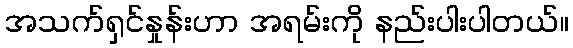
အသက်ရှင်နှုန်းဟာ အရမ်းကို နည်းပါးပါတယ်။